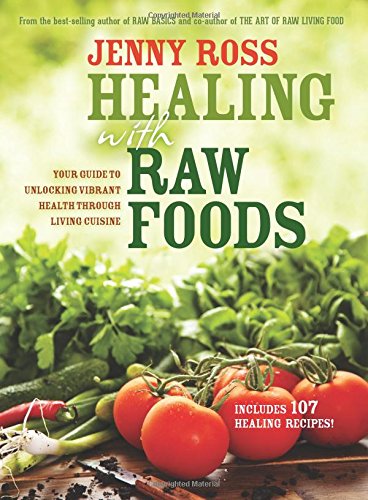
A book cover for Healing with Raw Foods: Your Guide to Unlocking Vibrant Health Through Living Cuisine; Jenny Ross; Cookbooks, Food & Wine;